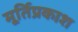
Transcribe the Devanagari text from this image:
मूर्तिप्रकाश